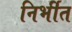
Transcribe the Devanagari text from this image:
निर्भीत